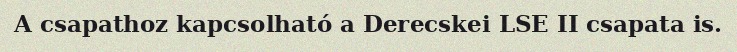
A csapathoz kapcsolható a Derecskei LSE II csapata is.